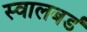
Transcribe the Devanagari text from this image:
स्वालबर्ड